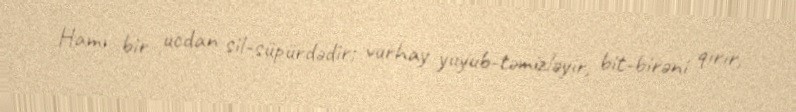
Hamı bir ucdan sil-süpürdədir; vurhay yuyub-təmizləyir, bit-birəni qırır,